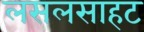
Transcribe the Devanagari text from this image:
लसलसाहट